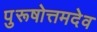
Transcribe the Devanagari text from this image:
पुरूषोत्तमदेव